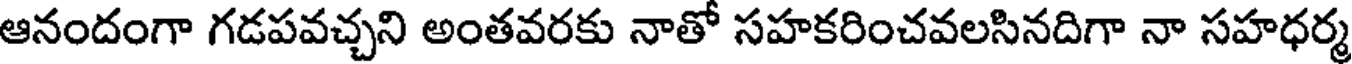
ఆనందంగా గడపవచ్చని అంతవరకు నాతో సహకరించవలసినదిగా నా సహధర్మ